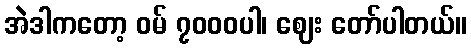
အဲဒါကတော့ ဝမ် ၇၀၀၀ပါ၊ ဈေး တော်ပါတယ်။